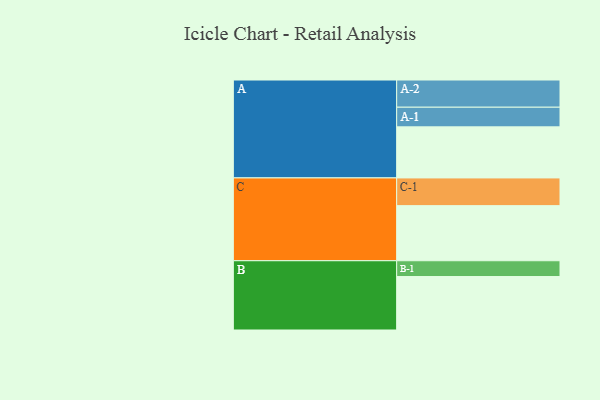
{"axis": {"x": "Segment", "y": "Value"}, "legend": ["", "A", "B", "C"], "data": [{"x": "A", "y": 520, "type": ""}, {"x": "B", "y": 544, "type": ""}, {"x": "C", "y": 561, "type": ""}, {"x": "A-1", "y": 200, "type": "A"}, {"x": "A-2", "y": 277, "type": "A"}, {"x": "B-1", "y": 161, "type": "B"}, {"x": "C-1", "y": 282, "type": "C"}]}